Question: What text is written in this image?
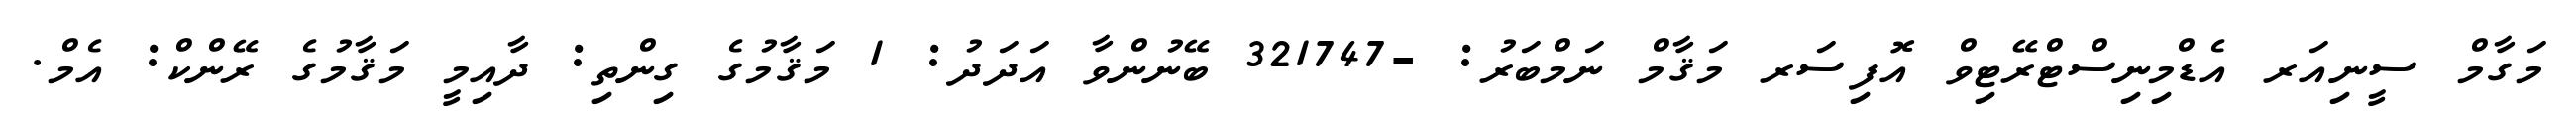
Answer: މަގާމް ސީނިއަރ އެޑްމިނިސްޓްރޭޓިވް އޮފިސަރ މަޤާމް ނަމްބަރު: -321747 ބޭނުންވާ އަދަދު: 1 މަޤާމުގެ ގިންތި: ދާއިމީ މަޤާމުގެ ރޭންކް: އެމް.